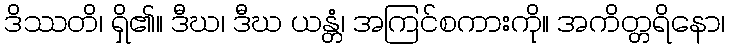
ဒိဿတိ၊ ရှိ၏။ ဒီဃ၊ ဒီဃ ယန္တံ၊ အကြင်စကားကို။ အကိတ္တရိနော၊